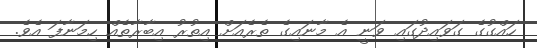
ހައްގުގެ ގަވައިދުގައި ވަނީ އެ މާނައިގެ ތެރެއަށް އިތުރު އިބާރާތެއް ހިމަނާފަ އެވެ.